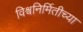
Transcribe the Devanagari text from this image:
विश्वनिर्मितीच्या